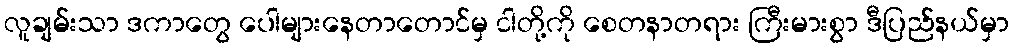
လူချမ်းသာ ဒကာတွေ ပေါများနေတာတောင်မှ ငါတို့ကို စေတနာတရား ကြီးမားစွာ ဒီပြည်နယ်မှာ